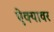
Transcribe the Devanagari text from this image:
ऐक्यावर